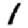
Digit: 1